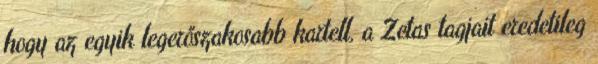
hogy az egyik legerőszakosabb kartell, a Zetas tagjait eredetileg